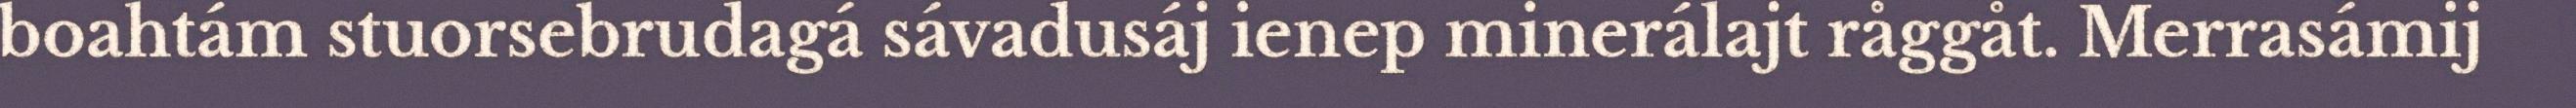
boahtám stuorsebrudagá sávadusáj ienep minerálajt råggåt. Merrasámij